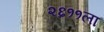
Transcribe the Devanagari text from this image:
२६११ला